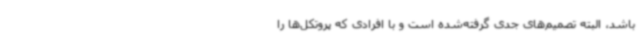
باشد، البته تصمیم‌های جدی گرفته‌شده است و با افرادی که پروتکل‌ها را